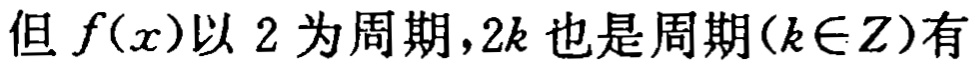
但 \(f(x)\)以 \(2\) 为周期，\(2k\) 也是周期\((k\in Z)\)有